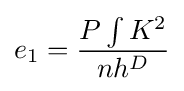
e_{1}={\frac {P\int K^{2}}{nh^{D}}}